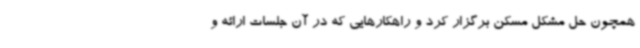
همچون حل مشکل مسکن برگزار کرد و راهکارهایی که در آن جلسات ارائه و